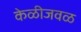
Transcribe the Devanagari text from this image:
केळीजवळ